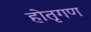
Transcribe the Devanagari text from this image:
होतृगण